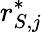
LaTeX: r_{S,j}^{*}